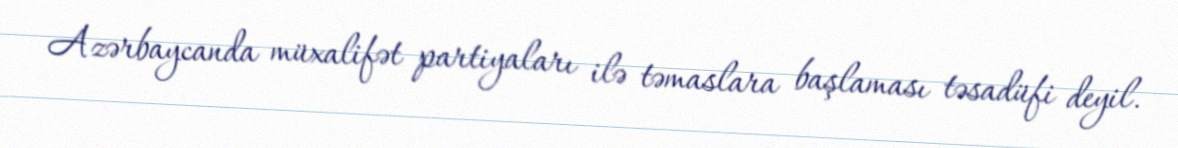
Azərbaycanda müxalifət partiyaları ilə təmaslara başlaması təsadüfi deyil.